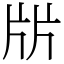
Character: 㸞